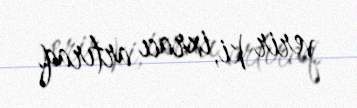
verir ki, ixracı artıraq.